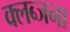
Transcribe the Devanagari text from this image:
क्लब्जना